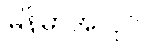
မြန်မာအလုပ်